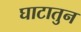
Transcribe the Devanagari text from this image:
घाटातुन